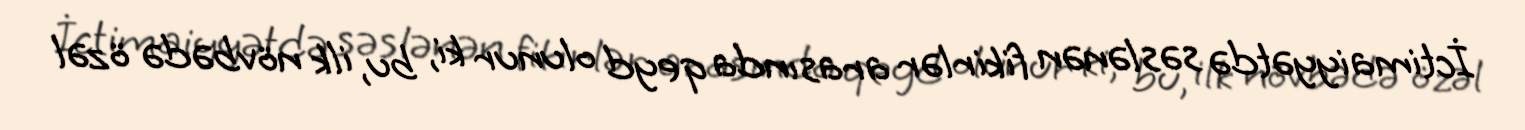
İctimaiyyətdə səslənən fikirlər arasında qeyd olunur ki, bu, ilk növbədə özəl